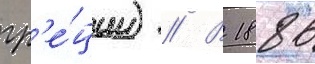
гр'е́ции) // В 1886